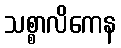
သစ္စာလိကေန